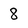
Character: 8